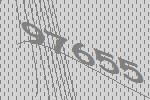
97655